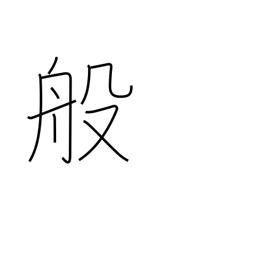
Meaning: carry